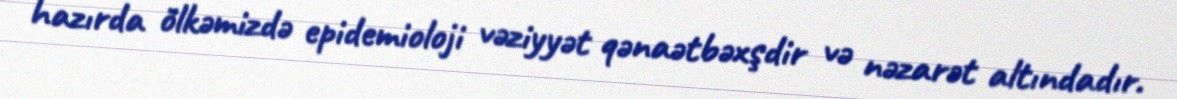
hazırda ölkəmizdə epidemioloji vəziyyət qənaətbəxşdir və nəzarət altındadır.